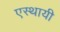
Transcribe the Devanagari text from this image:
एस्थायी